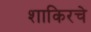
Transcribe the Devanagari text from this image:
शाकिरचे